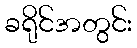
ခရိုင်အတွင်း